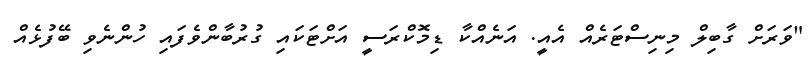
"ވަރަށް ގާބިލް މިނިސްޓަރެއް އެއީ. އަނެއްކާ ޑިމޮކްރަސީ އަށްޓަކައި ގުރުބާންވެފައި ހުންނެވި ބޭފުޅެއް